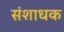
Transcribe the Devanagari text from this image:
संशाधक